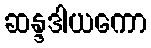
ဆန္ဒဒါယကော